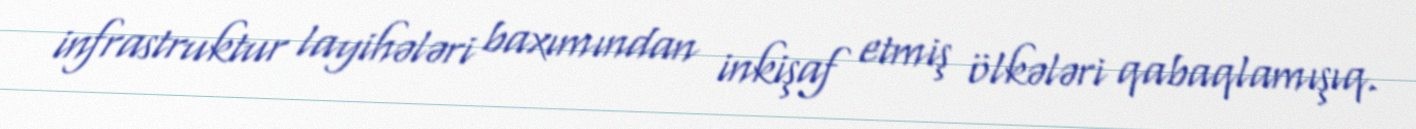
infrastruktur layihələri baxımından inkişaf etmiş ölkələri qabaqlamışıq.